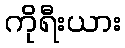
ကိုရီးယား